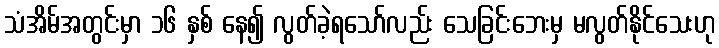
သံအိမ်အတွင်းမှာ ၁၆ နှစ် နေ၍ လွတ်ခဲ့ရသော်လည်း သေခြင်းဘေးမှ မလွတ်နိုင်သေးဟု